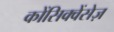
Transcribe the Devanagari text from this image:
कोंसिक्वेंसेज़